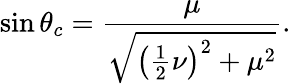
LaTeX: \sin{\theta_{c}}=\frac{\mu}{\sqrt{\left(\frac{1}{2}\nu\right)^{2}+\mu^{2}}}.